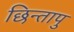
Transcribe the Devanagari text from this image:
छिन्तापु